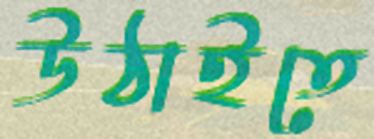
উঠাইতে